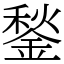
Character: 鍫